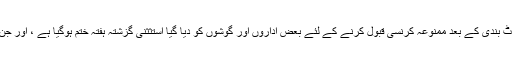
اس اقدام کے جواز کی وضاحت کرتے ہوئے جیٹلی نے کہا کہ نوٹ بندی کے بعد ممنوعہ کرنسی قبول کرنے کے لئے بعض اداروں اور گوشوں کو دیا گیا استثثنیٰ گزشتہ ہفتہ ختم ہوگیا ہے ، اور جن کے پاس پرانی نوٹ ہیں وہ بینکوں میں ڈپازٹ کرانا چاہتے ہیں ۔